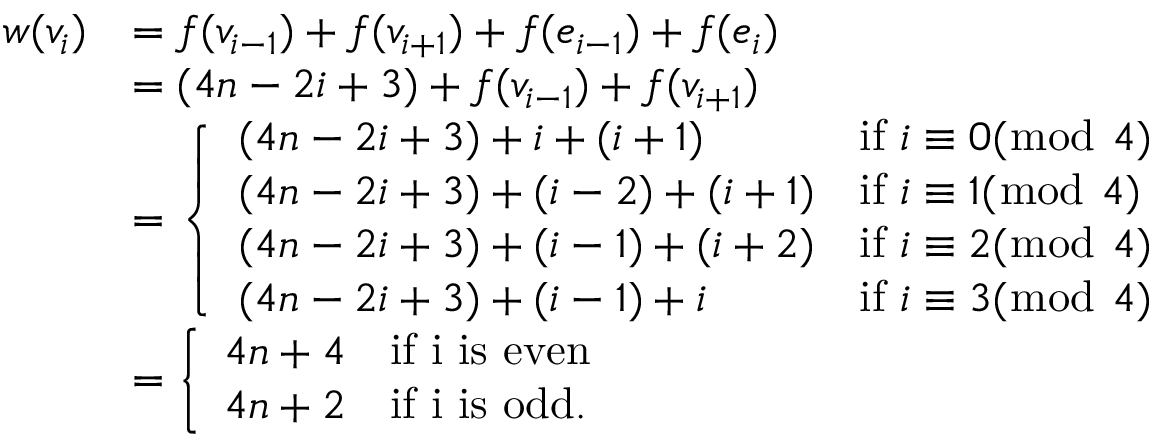
\begin{array} { r l } { w ( v _ { i } ) } & { = f ( v _ { i - 1 } ) + f ( v _ { i + 1 } ) + f ( e _ { i - 1 } ) + f ( e _ { i } ) } \\ & { = ( 4 n - 2 i + 3 ) + f ( v _ { i - 1 } ) + f ( v _ { i + 1 } ) } \\ & { = \left\{ \begin{array} { l l } { ( 4 n - 2 i + 3 ) + i + ( i + 1 ) } & { \mathrm { i f ~ } i \equiv 0 ( \bmod ~ 4 ) } \\ { ( 4 n - 2 i + 3 ) + ( i - 2 ) + ( i + 1 ) } & { \mathrm { i f ~ } i \equiv 1 ( \bmod ~ 4 ) } \\ { ( 4 n - 2 i + 3 ) + ( i - 1 ) + ( i + 2 ) } & { \mathrm { i f ~ } i \equiv 2 ( \bmod ~ 4 ) } \\ { ( 4 n - 2 i + 3 ) + ( i - 1 ) + i } & { \mathrm { i f ~ } i \equiv 3 ( \bmod ~ 4 ) } \end{array} \right. } \\ & { = \left\{ \begin{array} { l l } { 4 n + 4 } & { \mathrm { i f ~ i ~ i s ~ e v e n } } \\ { 4 n + 2 } & { \mathrm { i f ~ i ~ i s ~ o d d } . } \end{array} \right. } \end{array}